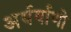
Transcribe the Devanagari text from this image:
अर्थर्वाणो